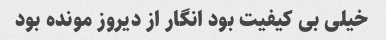
خیلی بی کیفیت بود انگار از دیروز مونده بود